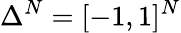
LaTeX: \Delta^{N}=[-1,1]^{N}